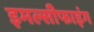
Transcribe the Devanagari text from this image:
इमल्सीफाइंग